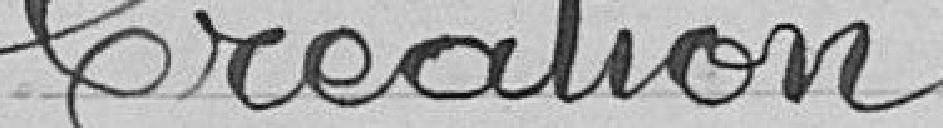
Création